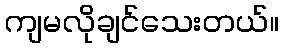
ကျမလိုချင်သေးတယ်။